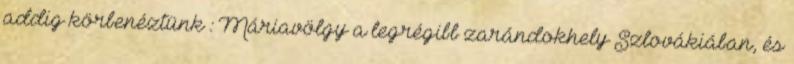
addig körbenéztünk : Máriavölgy a legrégibb zarándokhely Szlovákiában, és